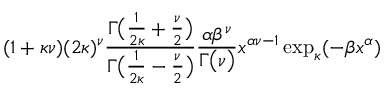
( 1 + \kappa \nu ) ( 2 \kappa ) ^ { \nu } { \frac { \Gamma { \big ( } { \frac { 1 } { 2 \kappa } } + { \frac { \nu } { 2 } } { \big ) } } { \Gamma { \big ( } { \frac { 1 } { 2 \kappa } } - { \frac { \nu } { 2 } } { \big ) } } } { \frac { \alpha \beta ^ { \nu } } { \Gamma { \big ( } \nu { \big ) } } } x ^ { \alpha \nu - 1 } \exp _ { \kappa } ( - \beta x ^ { \alpha } )